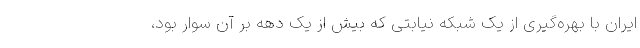
ایران با بهره‌گیری از یک شبکه نیابتی که بیش از یک دهه بر آن سوار بود،